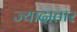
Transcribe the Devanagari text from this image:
ज्यादातार